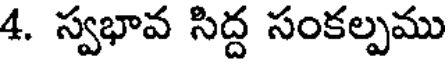
4. స్వభావ సిద్ద సంకల్పము